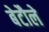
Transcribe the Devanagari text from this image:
बेटौले